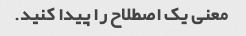
معنی یک اصطلاح را پیدا کنید.